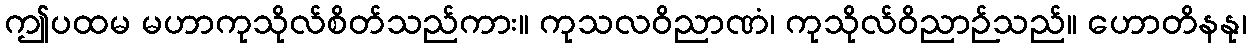
ဤပထမ မဟာကုသိုလ်စိတ်သည်ကား။ ကုသလဝိညာဏံ၊ ကုသိုလ်ဝိညာဉ်သည်။ ဟောတိနနု၊